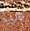
هيا